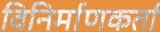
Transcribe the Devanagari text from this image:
विनिर्माणकर्ता